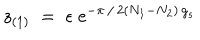
LaTeX: z _ { ( 1 ) } \; = \; \epsilon \; \mathrm { e } ^ { - \pi \, / \, 2 ( N _ { 1 } - N _ { 2 } ) \, g _ { s } }